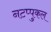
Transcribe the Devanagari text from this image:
नटप्पुकल